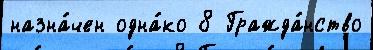
назна́чен одна́ко 8 Гражда́нство